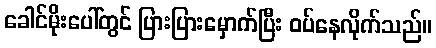
ခေါင်မိုးပေါ်တွင် ပြားပြားမှောက်ပြီး ဝပ်နေလိုက်သည်။